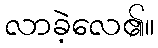
လာခဲ့လေ၏။